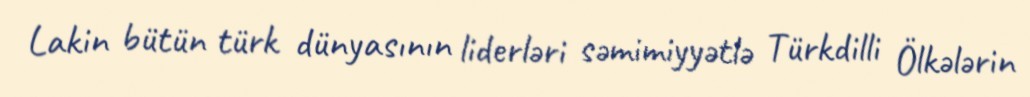
Lakin bütün türk dünyasının liderləri səmimiyyətlə Türkdilli Ölkələrin